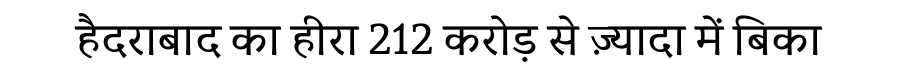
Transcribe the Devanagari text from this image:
हैदराबाद का हीरा 212 करोड़ से ज़्यादा में बिका